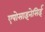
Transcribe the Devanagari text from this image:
एपोसाइनेसिई